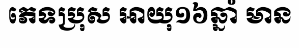
ភេទប្រុស អាយុ១៦ឆ្នាំ មាន